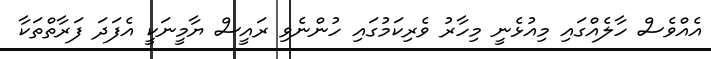
އެއްވެސް ހާލެއްގައި މިއުޅެނީ މިހާރު ވެރިކަމުގައި ހުންނެވި ރައީސް ޔާމީނަކީ އެފަދަ ފަރާތްތަކާ